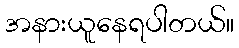
အနားယူနေရပါတယ်။